Scottish Leaving Certificate Examination, 1954
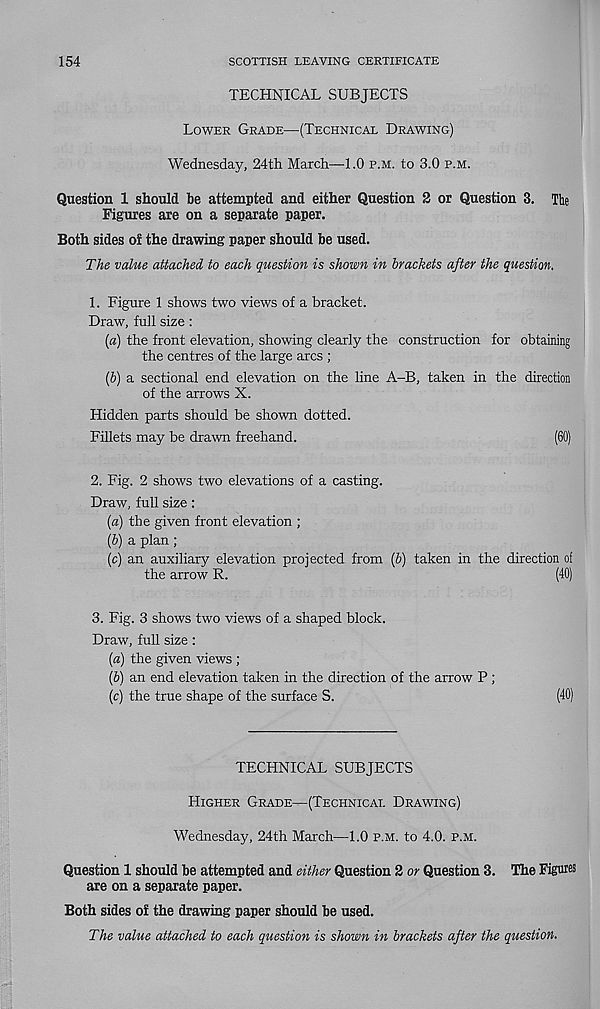
154
SCOTTISH LEAVING CERTIFICATE
TECHNICAL SUBJECTS
Lower Grade—(Technical Drawing)
Wednesday, 24th March—1.0 p.m. to 3.0 p.m.
Question 1 should be attempted and either Question 2 or Question 3. The
Figures are on a separate paper.
Both sides of the drawing paper should be used.
The value attached to each question is shown in brackets after the question.
1. Figure 1 shows two views of a bracket.
Draw, full size:
{a) the front elevation, showing clearly the construction for obtaining
the centres of the large arcs ;
(b) a sectional end elevation on the line A-B, taken in the direction
of the arrows X.
Hidden parts should be shown dotted.
Fillets may be drawn freehand.
(60)
2. Fig. 2 shows two elevations of a casting.
Draw, full size:
[a) the given front elevation ;
(5) a plan;
(c) an auxiliary elevation projected from (5) taken in the direction of
the arrow R.
(40)
3. Fig. 3 shows two views of a shaped block.
Draw, full size:
(a) the given views ;
(b) an end elevation taken in the direction of the arrow P ;
(c) the true shape of the surface S.
(40)
TECHNICAL SUBJECTS
Higher Grade—(Technical Drawing)
Wednesday, 24th March—1.0 p.m. to 4.0. p.m.
Question 1 should be attempted and either Question 2 or Question 3. The Figures
are on a separate paper.
Both sides of the drawing paper should be used.
The value attached to each question is shown in brackets after the question.